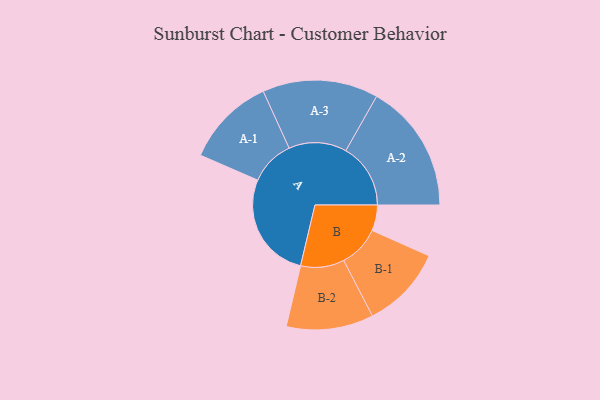
{"axis": {"x": "Segment", "y": "Value"}, "legend": ["", "A", "B"], "data": [{"x": "A", "y": 467, "type": ""}, {"x": "B", "y": 112, "type": ""}, {"x": "A-1", "y": 196, "type": "A"}, {"x": "A-2", "y": 282, "type": "A"}, {"x": "A-3", "y": 252, "type": "A"}, {"x": "B-1", "y": 180, "type": "B"}, {"x": "B-2", "y": 190, "type": "B"}]}